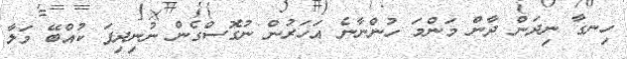
ހިނގާ ނިދަން ދާން މަންމަ ހުންނާނެ އަހަރުން ނުގޮސްގެން ނުނިދިފަ ކުއްބޭ މަލާ